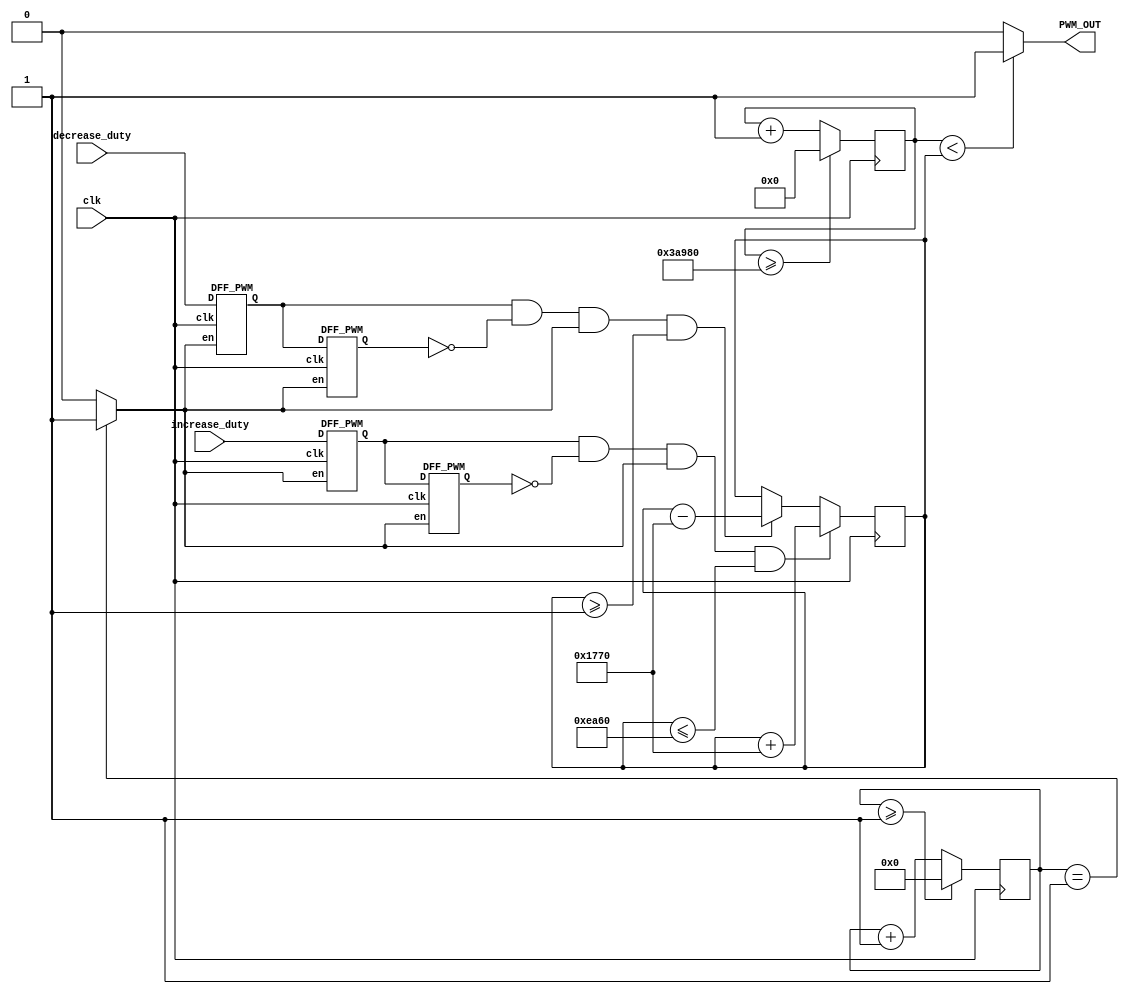
module PWM_Generator_Verilog
 (
 clk, // 12MHz clock input 
 increase_duty, // input to increase 10% duty cycle 
 decrease_duty, // input to decrease 10% duty cycle 
 PWM_OUT // 50Hz PWM output signal 
    );
 input clk;
 input increase_duty;
 input decrease_duty;
 output PWM_OUT;


 wire slow_clk_enable; // slow clock enable signal for debouncing FFs
 reg[27:0] counter_debounce=0;// counter for creating slow clock enable signals 
 wire tmp1,tmp2,duty_inc;// temporary flip-flop signals for debouncing the increasing button
 wire tmp3,tmp4,duty_dec;// temporary flip-flop signals for debouncing the decreasing button
 reg[18:0] counter_PWM=0;// counter for creating 50 Hz PWM signal
 reg[18:0] DUTY_CYCLE=60000; // initial duty cycle is 50%
  // Debouncing 2 buttons for inc/dec duty cycle 
  // Firstly generate slow clock enable for debouncing flip-flop (4Hz)
 always @(posedge clk)
 begin
   counter_debounce <= counter_debounce + 1;
   //if(counter_debounce>=25000000) then  
   // for running on FPGA -- comment when running simulation
   if(counter_debounce>=1) 
   // for running simulation -- comment when running on FPGA
    counter_debounce <= 0;
 end
 // assign slow_clk_enable = counter_debounce == 25000000 ?1:0;
 // for running on FPGA -- comment when running simulation 
 assign slow_clk_enable = counter_debounce == 1 ?1:0;
 // for running simulation -- comment when running on FPGA
 // debouncing FFs for increasing button
 DFF_PWM PWM_DFF1(clk,slow_clk_enable,increase_duty,tmp1);
 DFF_PWM PWM_DFF2(clk,slow_clk_enable,tmp1, tmp2); 
 assign duty_inc =  tmp1 & (~ tmp2) & slow_clk_enable;
 // debouncing FFs for decreasing button
 DFF_PWM PWM_DFF3(clk,slow_clk_enable,decrease_duty, tmp3);
 DFF_PWM PWM_DFF4(clk,slow_clk_enable,tmp3, tmp4); 
 assign duty_dec =  tmp3 & (~ tmp4) & slow_clk_enable;
 // vary the duty cycle using the debounced buttons above


 always @(posedge clk)
 begin
   if(duty_inc==1 && DUTY_CYCLE <= 60000) 
    DUTY_CYCLE <= DUTY_CYCLE + 6000;// increase duty cycle by 10%
   else if(duty_dec==1 && DUTY_CYCLE>=1) 
    DUTY_CYCLE <= DUTY_CYCLE - 6000;//decrease duty cycle by 10%
 end 
// Create 50 Hz PWM signal with variable duty cycle controlled by 2 buttons 
 always @(posedge clk)
 begin
   counter_PWM <= counter_PWM + 1;
   if(counter_PWM>=240000) 
    counter_PWM <= 0;
 end
 assign PWM_OUT = counter_PWM < DUTY_CYCLE ? 1:0;
endmodule
// Debouncing DFFs for push buttons on FPGA
module DFF_PWM(clk,en,D,Q);
input clk,en,D;
output reg Q;
always @(posedge clk)
begin 
 if(en==1) // slow clock enable signal 
  Q <= D;
end 
endmodule